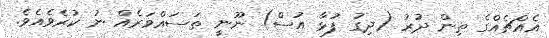
އެއްޗެއްގެ ތިން ދުރު (ދިގު ފުޅާ އުސް) ނޫނީ ތަސައްވަރެއް ނު ކުރެވެއެވެ.